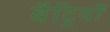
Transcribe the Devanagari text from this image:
बैट्रियाँ